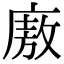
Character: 廒